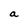
Character: a